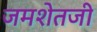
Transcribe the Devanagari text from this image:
जमशेतजी